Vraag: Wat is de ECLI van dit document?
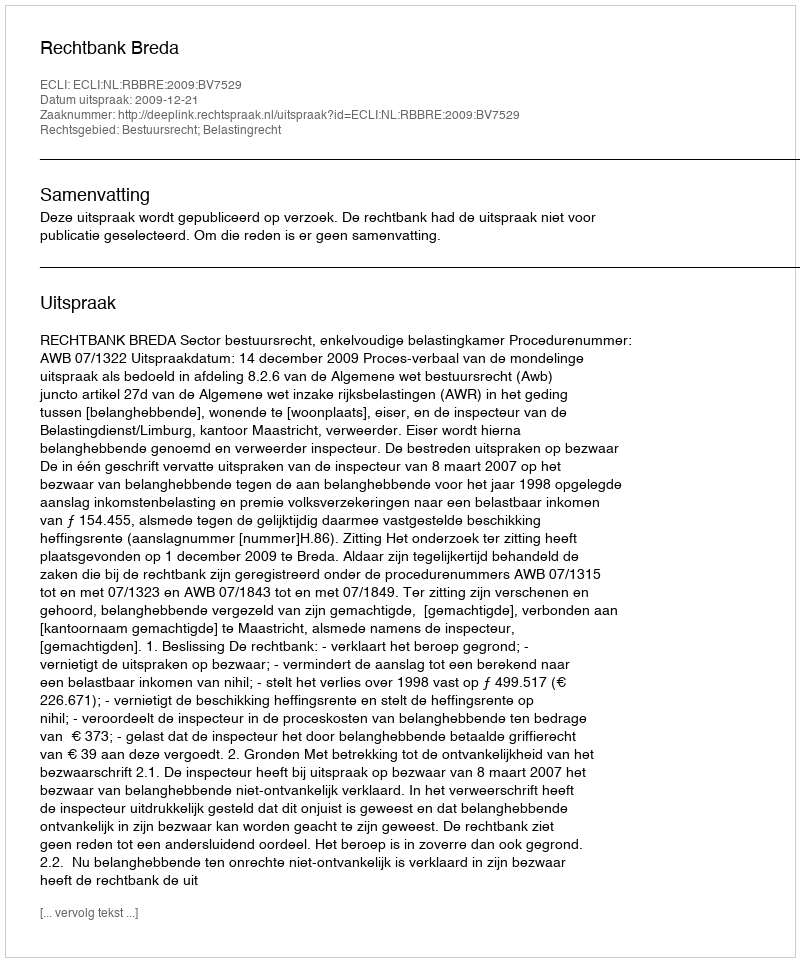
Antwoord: ECLI:NL:RBBRE:2009:BV7529